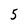
Character: 5